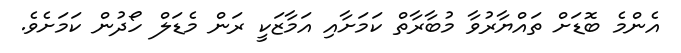
އެންމެ ބޮޑަށް ތައްޔާރުވާ މުބާރާތް ކަމަށާއި އަމާޒަކީ ރަން މެޑަލް ހޯދުން ކަމަށެވެ.